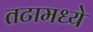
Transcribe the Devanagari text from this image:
तटामध्ये